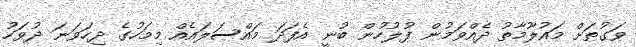
ވަގުތަށް މައުލޫމާތު ދެއްވަމުން ފުލުހުން ބުނީ އެފަދަ މައްސަލައެއް މިމަހުގެ ދިހަވަނަ ދުވަހު